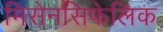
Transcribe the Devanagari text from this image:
मिसेनसिफेलिक